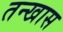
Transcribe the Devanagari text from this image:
तन्खास